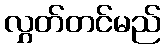
လွှတ်တင်မည်